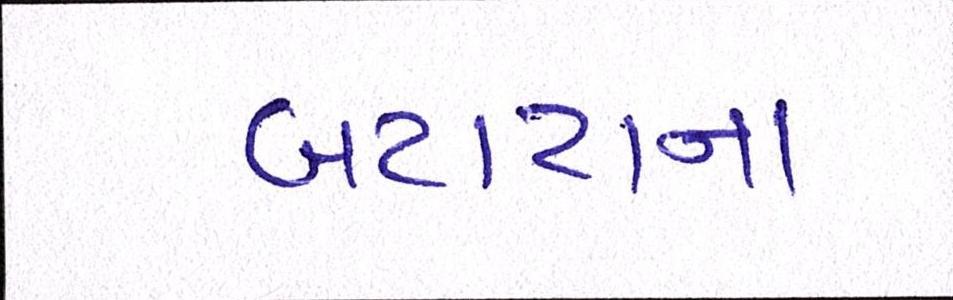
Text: બટાટાના